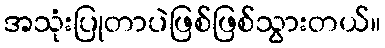
အသုံးပြုတာပဲဖြစ်ဖြစ်သွားတယ်။